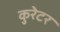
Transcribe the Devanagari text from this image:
कुरेटर